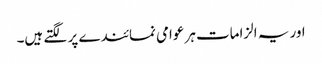
اور یہ الزامات ہر عوامی نمائندے پر لگتے ہیں۔